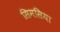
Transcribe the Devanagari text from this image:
सिमसिया